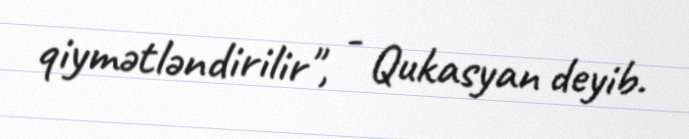
qiymətləndirilir", - Qukasyan deyib.